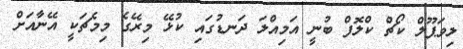
ލިވަޕޫލް ކޯޗް ކްލޮފް ބުނީ އަމިއްލަ ދަނޑުގައި ކުޅޭ މިރޭގެ މިމެޗަކީ އޭނާއަށް